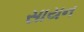
સાયન